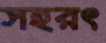
সহরৎ